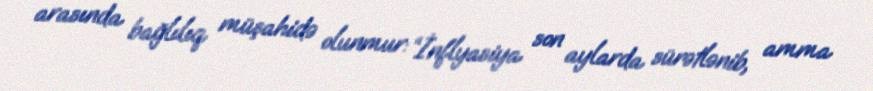
arasında bağlılıq müşahidə olunmur: “İnflyasiya son aylarda sürətlənib, amma